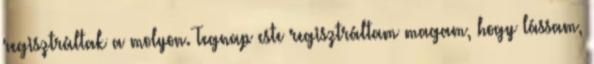
regisztráltak a molyon. Tegnap este regisztráltam magam, hogy lássam,